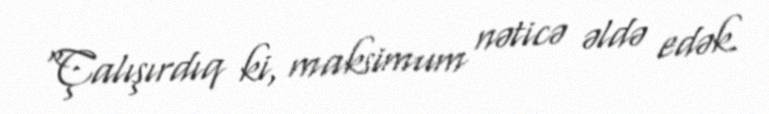
"Çalışırdıq ki, maksimum nəticə əldə edək.